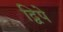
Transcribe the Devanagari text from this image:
द्विपे